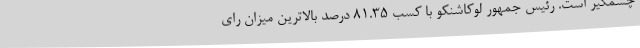
چشمگیر است. رئیس جمهور لوکاشنکو با کسب 81.35 درصد بالاترین میزان رای